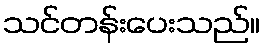
သင်တန်းပေးသည်။